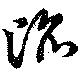
滔